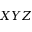
X Y Z